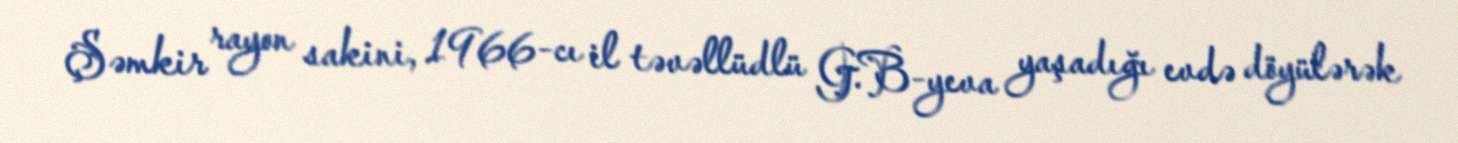
Şəmkir rayon sakini, 1966-cı il təvəllüdlü G.B-yeva yaşadığı evdə döyülərək